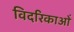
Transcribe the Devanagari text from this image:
विदरिकाओं